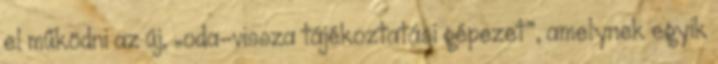
el működni az új, „oda-vissza tájékoztatási gépezet”, amelynek egyik